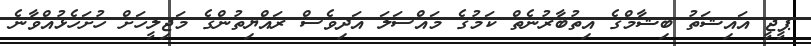
ޕީޖީ އައިޝަތު ބިޝާމްގެ އިތުބާރުނެތް ކަމުގެ މައްސަލަ އަދިވެސް ރައްޔިތުންގެ މަޖިލީހަށް ހުށަހެޅުއްވާނެ